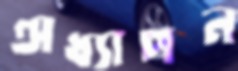
অধ্যাপন